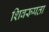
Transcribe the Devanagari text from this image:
शिवरूपता